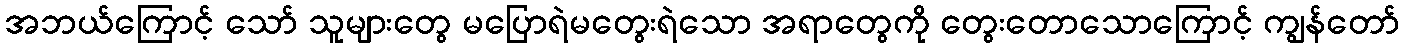
အဘယ်ကြောင့် သော် သူများတွေ မပြောရဲမတွေးရဲသော အရာတွေကို တွေးတောသောကြောင့် ကျွန်တော်